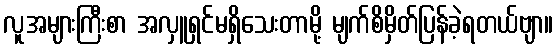
လူအများကြီးစာ အလှူရှင်မရှိသေးတာမို့ မျက်စိမှိတ်ပြန်ခဲ့ရတယ်ဗျာ။